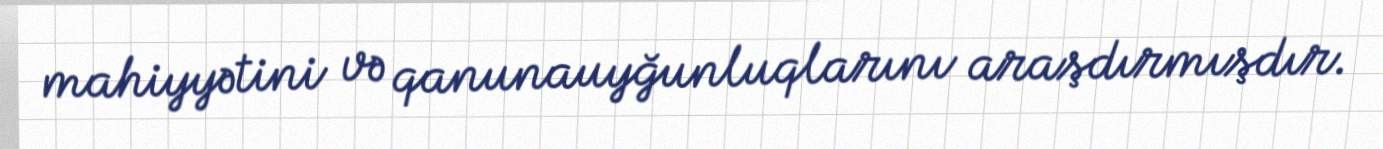
mahiyyətini və qanunauyğunluqlarını araşdırmışdır.